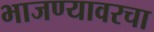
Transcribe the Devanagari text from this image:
भाजण्यावरचा